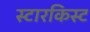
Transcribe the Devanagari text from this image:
स्टारकिस्ट